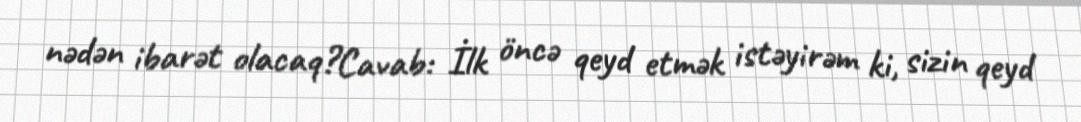
nədən ibarət olacaq?Cavab: İlk öncə qeyd etmək istəyirəm ki, sizin qeyd